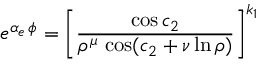
e ^ { \alpha _ { e } \, \phi } = \left[ { \frac { \cos { c _ { 2 } } } { \rho ^ { \mu } \, \cos ( { c _ { 2 } + \nu \ln \rho ) } } } \right] ^ { k _ { 1 } }